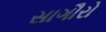
સાગૌરો